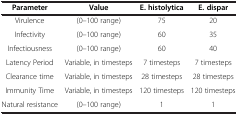
| Parameter | Value | E. histolytica | E. dispar |
 | --- | --- | --- | --- |
 | Virulence | (0–100 range) | 75 | 20 |
 | Infectivity | (0–100 range) | 60 | 35 |
 | Infectiousness | (0–100 range) | 60 | 40 |
 | Latency Period | Variable, in timesteps | 7 timesteps | 7 timesteps |
 | Clearance time | Variable, in timesteps | 28 timesteps | 28 timesteps |
 | Immunity Time | Variable, in timesteps | 120 timesteps | 120 timesteps |
 | Natural resistance | (0–100 range) | 1 | 1 |